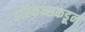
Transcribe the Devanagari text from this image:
हरिकेन्सकडून